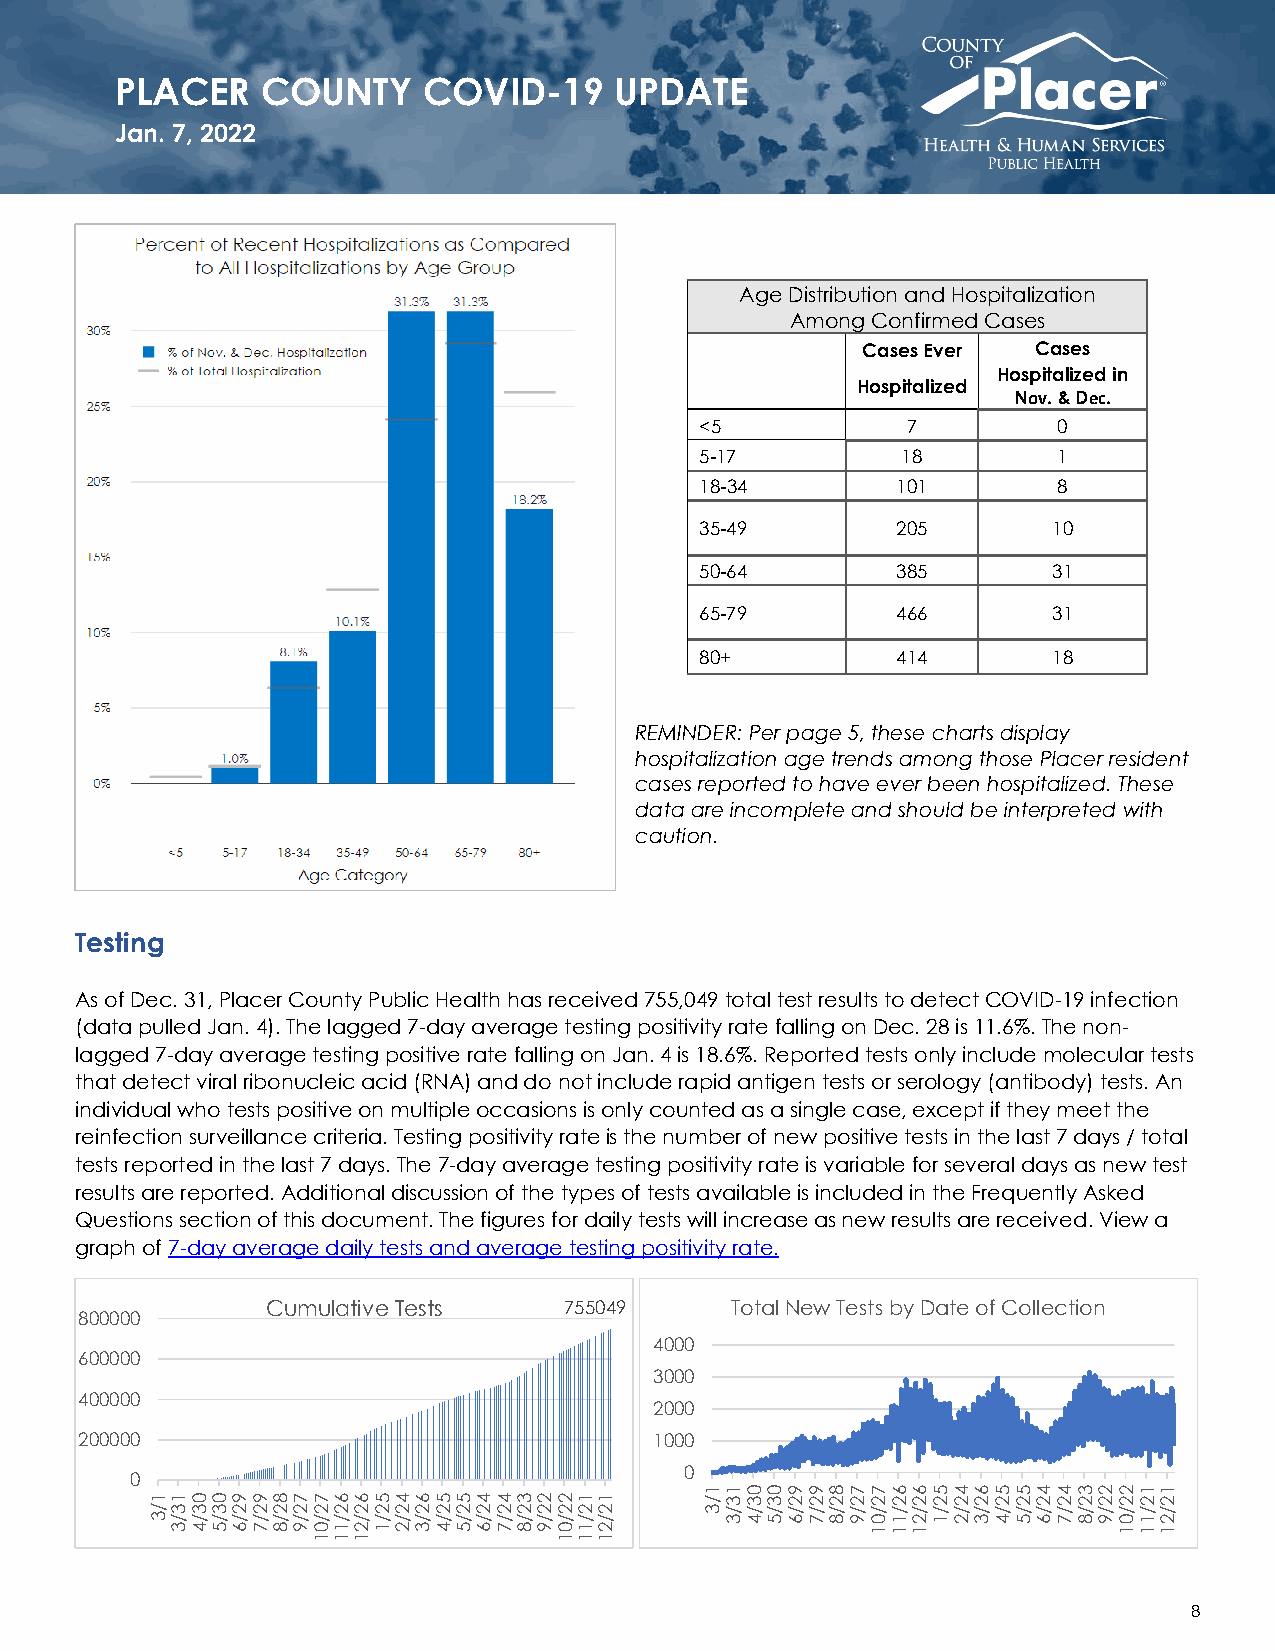
PLACER   COUNTY     COVID-19     UPDATE
 Jan. 7, 2022
 Age Distribution and Hospitalization
 Among Confirmed Cases
 Cases Ever  Cases
 Hospitalized in
 Hospitalized
 Nov. & Dec.
 <5            7         0
 5-17          18        1
 18-34        101        8
 35-49        205        10
 50-64        385        31
 65-79        466        31
 80+          414        18
 REMINDER: Per page 5, these charts display
 hospitalization age trends among those Placer resident
 cases reported to have ever been hospitalized. These
 data are incomplete and should be interpreted with
 caution.
 Testing
 As of Dec. 31, Placer County Public Health has received 755,049 total test results to detect COVID-19 infection
 (data pulled Jan. 4). The lagged 7-day average testing positivity rate falling on Dec. 28 is 11.6%. The non-
 lagged 7-day average testing positive rate falling on Jan. 4 is 18.6%. Reported tests only include molecular tests
 that detect viral ribonucleic acid (RNA) and do not include rapid antigen tests or serology (antibody) tests. An
 individual who tests positive on multiple occasions is only counted as a single case, except if they meet the
 reinfection surveillance criteria. Testing positivity rate is the number of new positive tests in the last 7 days / total
 tests reported in the last 7 days. The 7-day average testing positivity rate is variable for several days as new test
 results are reported. Additional discussion of the types of tests available is included in the Frequently Asked
 Questions section of this document. The figures for daily tests will increase as new results are received. View a
 graph of 7-day average daily tests and average testing positivity rate.
 Cumulative Tests   755049     Total New Tests by Date of Collection
 800000
 4000
 600000
 3000
 400000
 2000
 200000                                1000
 0
 0
 8
 1/3 13/3 03/4 03/5 92/6 92/7 82/8 72/9 72/01 62/11 62/21 52/1 42/2 62/3 52/4 52/5 42/6 42/7 32/8 22/9 22/01 12/11 12/21
 1/3 13/3 03/4 03/5 92/6 92/7 82/8 72/9 72/01 62/11 62/21 52/1 42/2 62/3 52/4 52/5 42/6 42/7 32/8 22/9 22/01 12/11 12/21